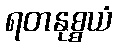
ရတနုစ္စယံ